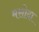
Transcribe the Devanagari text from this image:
मसोदा